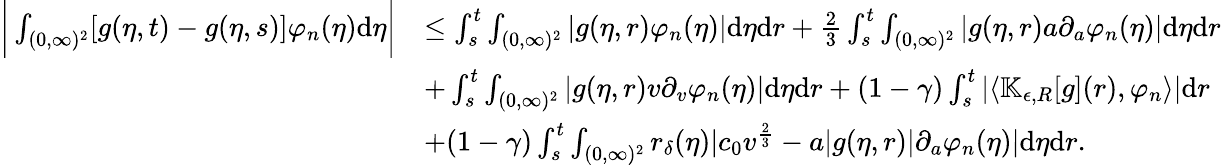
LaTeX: \begin{array}{rl}{\bigg|\int_{(0,\infty)^{2}}[g(\eta,t)-g(\eta,s)]\varphi_{n}(\eta)\textup{d}\eta\bigg|}&{\leq\int_{s}^{t}\int_{(0,\infty)^{2}}|g(\eta,r)\varphi_{n}(\eta)|\textup{d}\eta\textup{d}r+\frac{2}{3}\int_{s}^{t}\int_{(0,\infty)^{2}}|g(\eta,r)a\partial_{a}\varphi_{n}(\eta)|\textup{d}\eta\textup{d}r}\\ &{+\int_{s}^{t}\int_{(0,\infty)^{2}}|g(\eta,r)v\partial_{v}\varphi_{n}(\eta)|\textup{d}\eta\textup{d}r+(1-\gamma)\int_{s}^{t}|\langle\mathbb{K}_{\epsilon,R}[g](r),\varphi_{n}\rangle|\textup{d}r}\\ &{+(1-\gamma)\int_{s}^{t}\int_{(0,\infty)^{2}}r_{\delta}(\eta)|c_{0}v^{\frac{2}{3}}-a|g(\eta,r)|\partial_{a}\varphi_{n}(\eta)|\textup{d}\eta\textup{d}r.}\end{array}